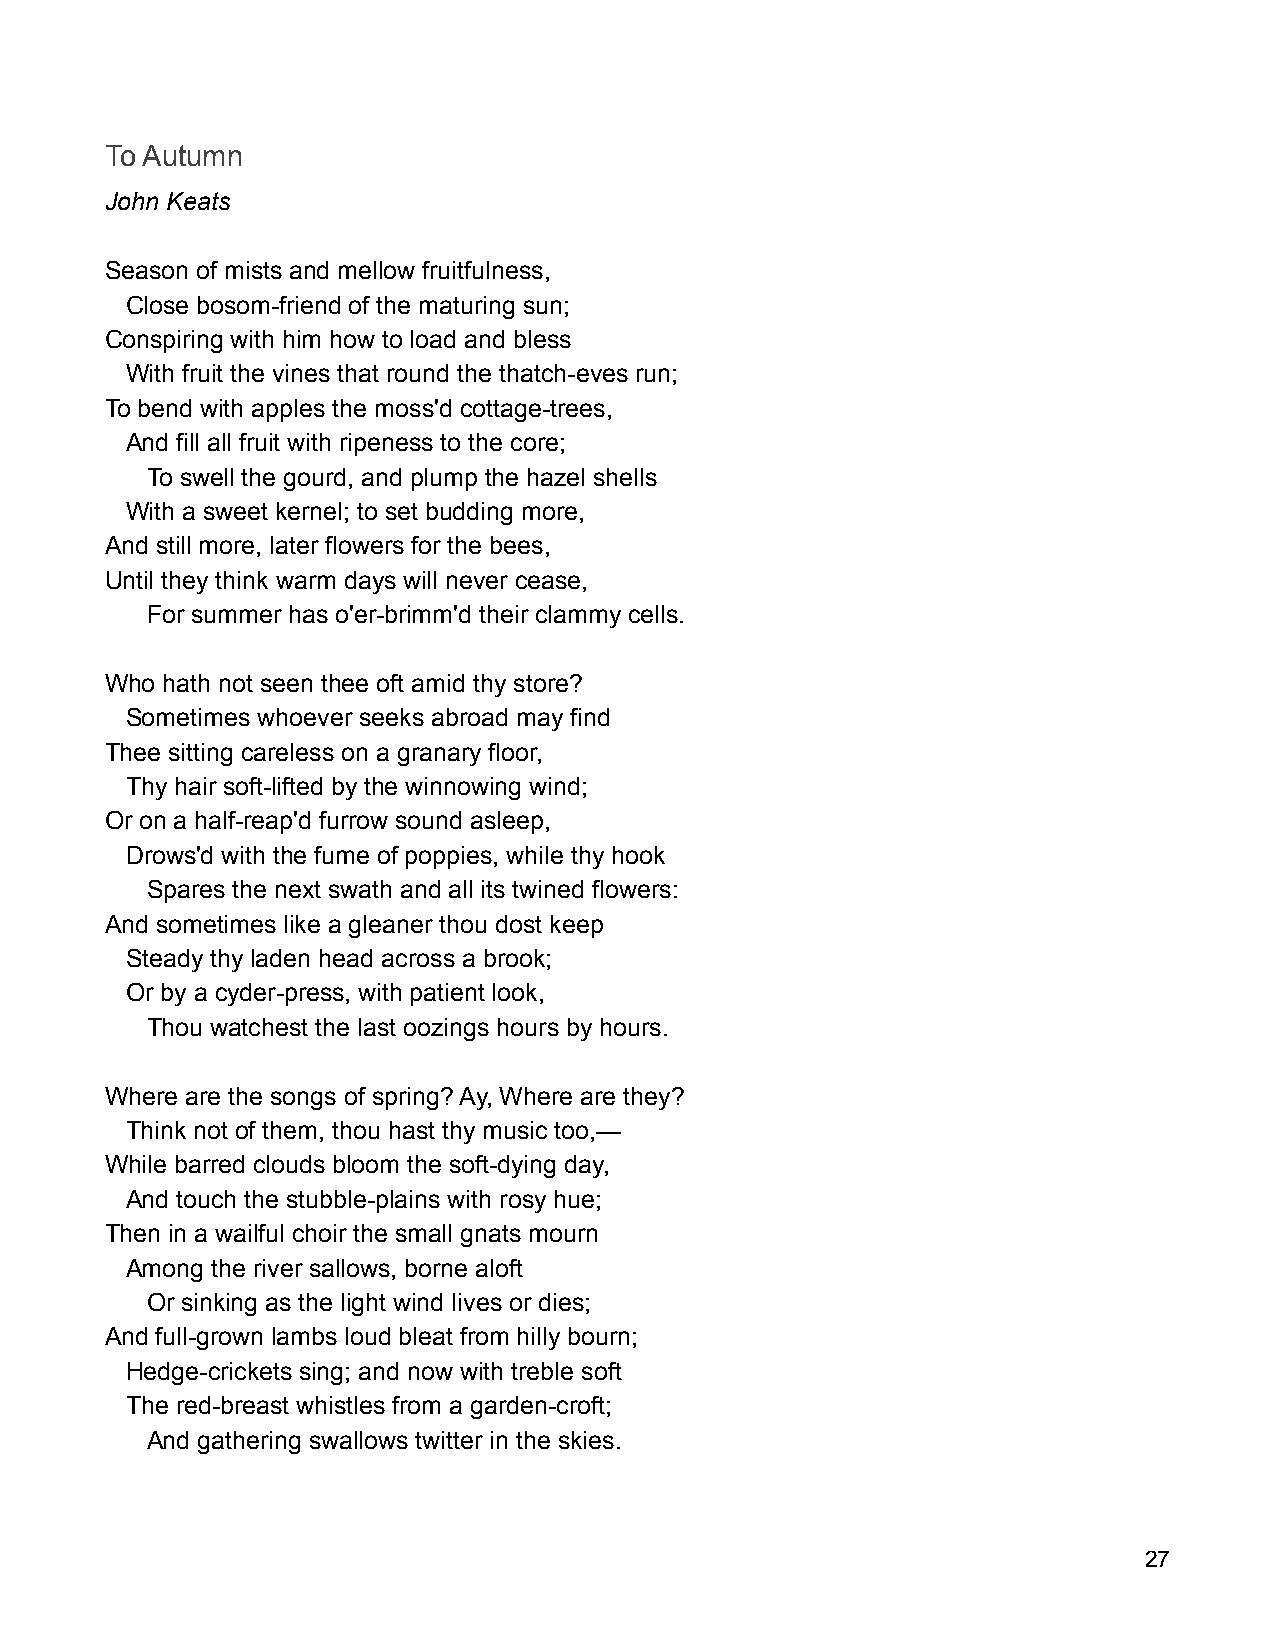
To Autumn
 John Keats
 Season of mists and mellow fruitfulness,
 Close bosom-friend of the maturing sun;
 Conspiring with him how to load and bless
 With fruit the vines that round the thatch-eves run;
 To bend with apples the moss'd cottage-trees,
 And fill all fruit with ripeness to the core;
 To swell the gourd, and plump the hazel shells
 With a sweet kernel; to set budding more,
 And still more, later flowers for the bees,
 Until they think warm days will never cease,
 For summer has o'er-brimm'd their clammy cells.
 Who hath not seen thee oft amid thy store?
 Sometimes whoever seeks abroad may find
 Thee sitting careless on a granary floor,
 Thy hair soft-lifted by the winnowing wind;
 Or on a half-reap'd furrow sound asleep,
 Drows'd with the fume of poppies, while thy hook
 Spares the next swath and all its twined flowers:
 And sometimes like a gleaner thou dost keep
 Steady thy laden head across a brook;
 Or by a cyder-press, with patient look,
 Thou watchest the last oozings hours by hours.
 Where are the songs of spring? Ay, Where are they?
 Think not of them, thou hast thy music too,—
 While barred clouds bloom the soft-dying day,
 And touch the stubble-plains with rosy hue;
 Then in a wailful choir the small gnats mourn
 Among the river sallows, borne aloft
 Or sinking as the light wind lives or dies;
 And full-grown lambs loud bleat from hilly bourn;
 Hedge-crickets sing; and now with treble soft
 The red-breast whistles from a garden-croft;
 And gathering swallows twitter in the skies.
 27